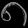
Digit: ၈